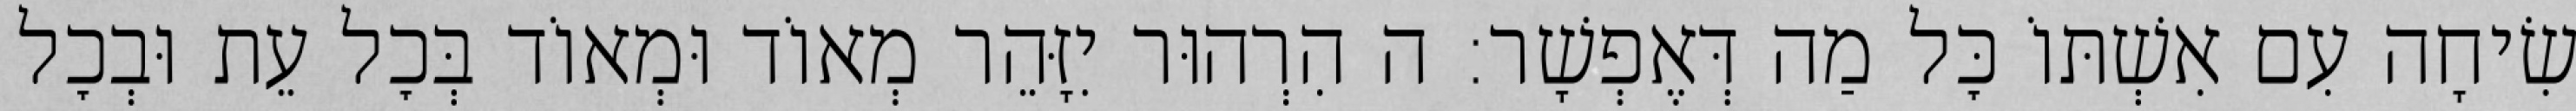
שִׂיחָה עִם אִשְׁתּוֹ כׇּל מַה דְּאֶפְשָׁר: ה הִרְהוּר יִזָּהֵר מְאוֹד וּמְאוֹד בְּכׇל עֵת וּבְכׇל